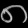
Digit: ၈